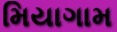
મિયાગામ